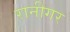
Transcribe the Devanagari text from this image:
रानीगर